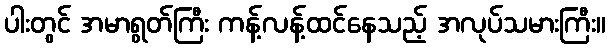
ပါးတွင် အမာရွတ်ကြီး ကန့်လန့်ထင်နေသည့် အလုပ်သမားကြီး။